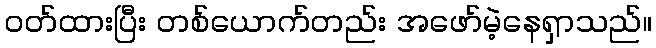
ဝတ်ထားပြီး တစ်ယောက်တည်း အဖော်မဲ့နေရှာသည်။